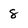
Character: 8